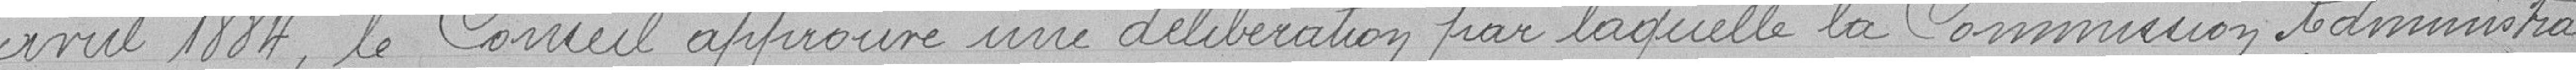
avril 1884, le Conseil approuve une délibération par laquelle la Commission administra-